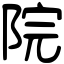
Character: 院